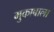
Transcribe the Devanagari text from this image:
मुकाबाला